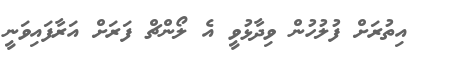
އިތުރަށް ފުލުހުން ވިދާޅުވީ އެ ލޯންޗް ފަރަށް އަރާފައިވަނީ